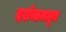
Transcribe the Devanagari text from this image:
दर्शनामधून